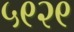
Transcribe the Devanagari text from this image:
५९२९